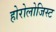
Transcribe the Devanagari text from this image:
होरोलोजिस्ट